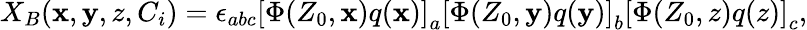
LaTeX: X_{B}(\mathbf{x},\mathbf{y},z,C_{i})=\epsilon_{abc}\left[\Phi(Z_{0},\mathbf{x})q(\mathbf{x})\right]_{a}\left[\Phi(Z_{0},\mathbf{y})q(\mathbf{y})\right]_{b}\left[\Phi(Z_{0},z)q(z)\right]_{c},